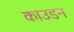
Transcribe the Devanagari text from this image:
काउडन